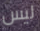
ليس